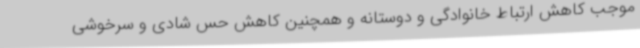
موجب کاهش ارتباط خانوادگی و دوستانه و همچنین کاهش حس شادی و سرخوشی